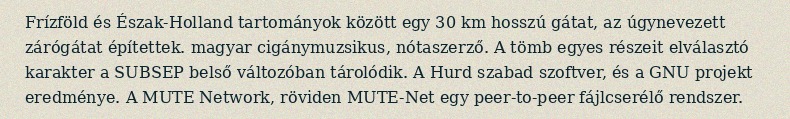
Frízföld és Észak-Holland tartományok között egy 30 km hosszú gátat, az úgynevezett zárógátat építettek. magyar cigánymuzsikus, nótaszerző. A tömb egyes részeit elválasztó karakter a SUBSEP belső változóban tárolódik. A Hurd szabad szoftver, és a GNU projekt eredménye. A MUTE Network, röviden MUTE-Net egy peer-to-peer fájlcserélő rendszer.